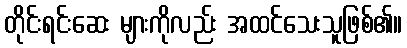
တိုင်းရင်းဆေး များကိုလည်း အထင်သေးသူဖြစ်၏။